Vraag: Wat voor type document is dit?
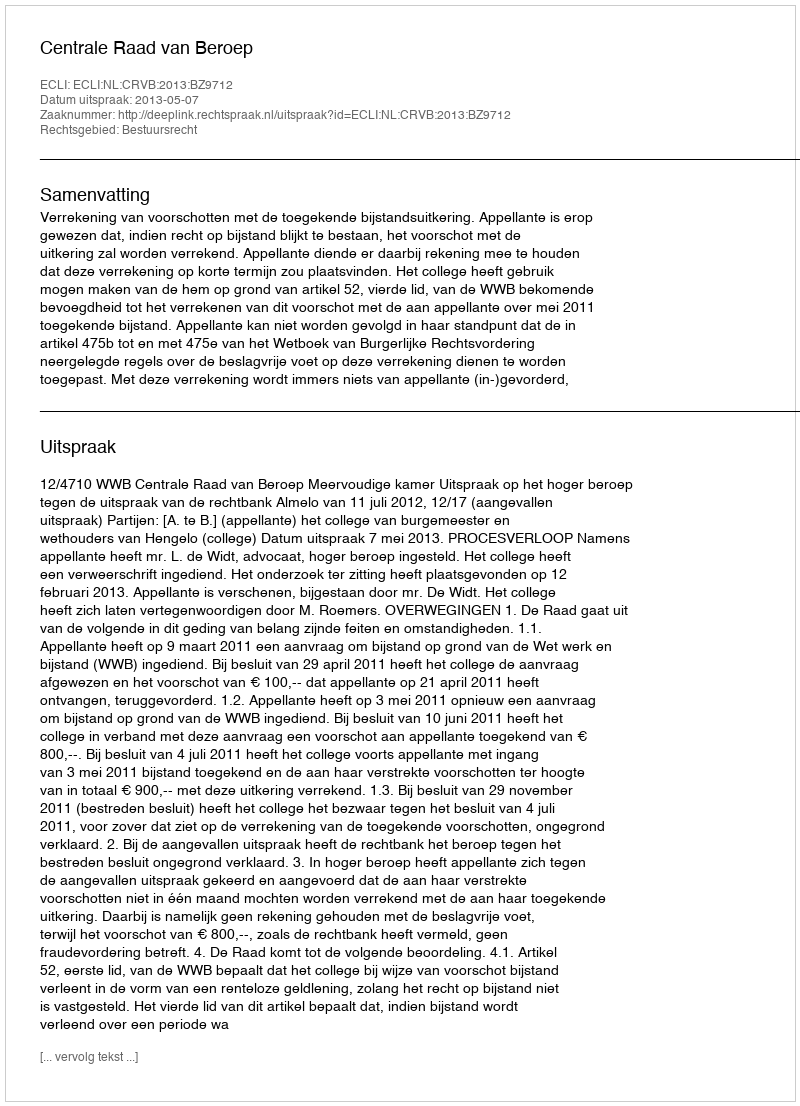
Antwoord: Uitspraak